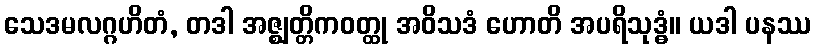
သေဒမလဂ္ဂဟိတံ, တဒါ အဇ္ဈတ္တိကဝတ္ထု အဝိသဒံ ဟောတိ အပရိသုဒ္ဓံ။ ယဒါ ပနဿ